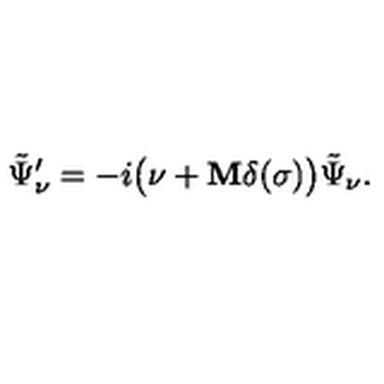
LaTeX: \tilde { \Psi } _ { \nu } ^ { \prime } = - i \bigl ( \nu + { \bf M } \delta ( \sigma ) \bigr ) \tilde { \Psi } _ { \nu } .